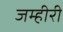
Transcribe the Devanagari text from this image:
जम्हीरी